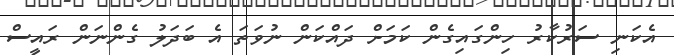
އެކަނި ސަރުކާރު ހިންގައިގެން ކަމަށް ދައްކަން ނުވަތަ އެ ބަދަލު ގެންނަން ރައީސް